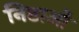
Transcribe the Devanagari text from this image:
निष्ठाओं